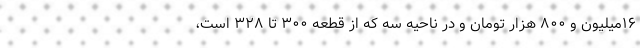
۱۶میلیون و ۸۰۰ هزار تومان و در ناحیه سه که از قطعه ۳۰۰ تا ۳۲۸ است،